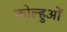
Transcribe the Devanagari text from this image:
कोल्हुओं